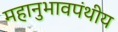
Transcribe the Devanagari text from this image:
महानुभावपंथीय